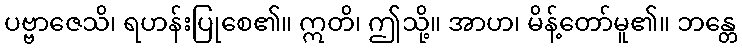
ပဗ္ဗာဇေသိ၊ ရဟန်းပြုစေ၏။ ဣတိ၊ ဤသို့။ အာဟ၊ မိန့်တော်မူ၏။ ဘန္တေ